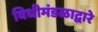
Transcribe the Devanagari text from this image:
विधीमंडळाद्वारे